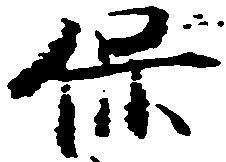
保